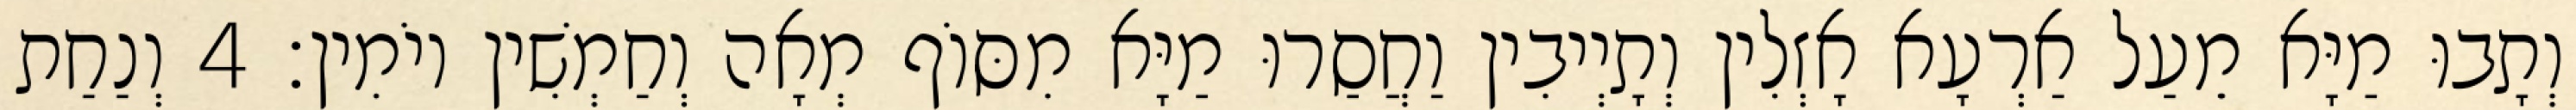
וְתָבוּ מַיָּא מֵעַל אַרְעָא אָזְלִין וְתָיְיבִין וַחֲסַרוּ מַיָּא מִסּוֹף מְאָה וְחַמְשִׁין יוֹמִין׃ 4 וְנַחַת